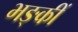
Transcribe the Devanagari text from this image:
भङ्कीं